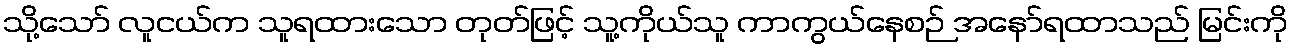
သို့သော် လူငယ်က သူရထားသော တုတ်ဖြင့် သူ့ကိုယ်သူ ကာကွယ်နေစဉ် အနော်ရထာသည် မြင်းကို